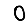
Digit: 0